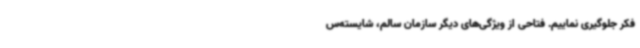
فکر جلوگیری نماییم. فتاحی از ویژگی‌های دیگر سازمان سالم، شایسته‌س